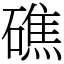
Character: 礁